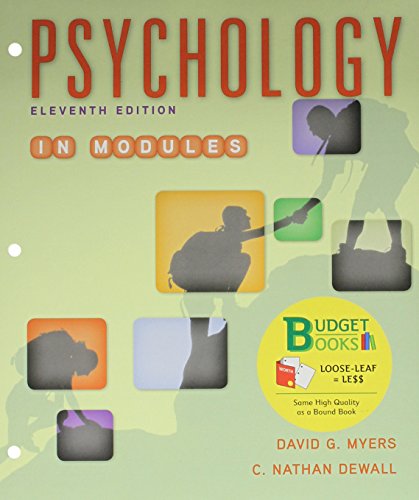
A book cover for Loose-leaf Version for Psychology in Modules 11e & LaunchPad for Myers' Psychology in Modules 11e (Six Month Access); David G. Myers; Medical Books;